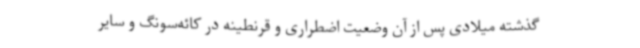
گذشته میلادی پس از آن وضعیت اضطراری و قرنطینه در کائه‌سونگ و سایر